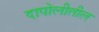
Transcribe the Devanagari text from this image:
दापोलीतील